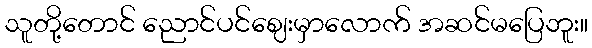
သူတို့တောင် ညောင်ပင်ဈေးမှာလောက် အဆင်မပြေဘူး။